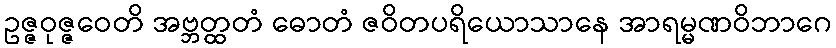
ဥဇ္ဇဝုဇ္ဇဝေတိ အဗ္ဘတ္ထတံ ဓောတံ ဇဝိတပရိယောသာနေ အာရမ္မဏဝိဘာဂေ